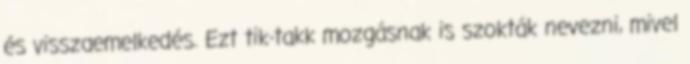
és visszaemelkedés. Ezt tik-takk mozgásnak is szokták nevezni, mivel